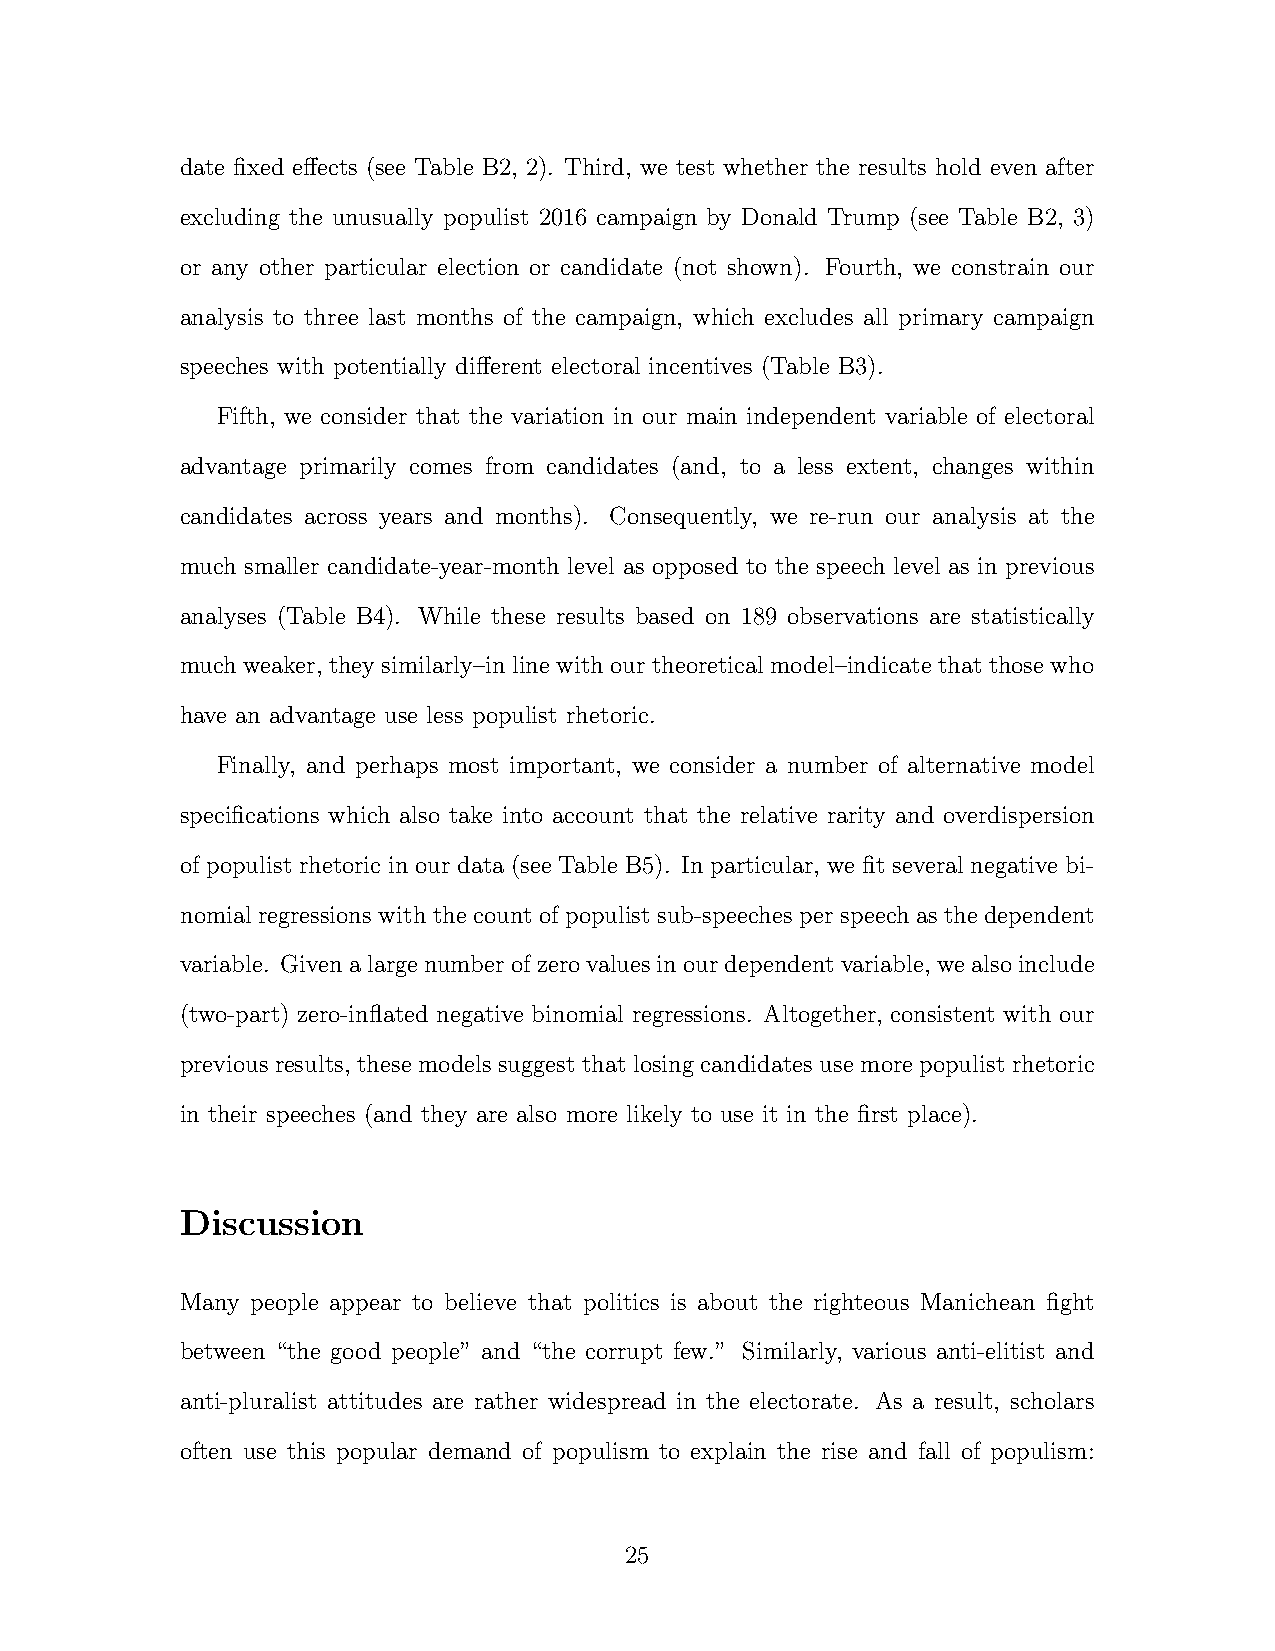
date fixed effects (see Table B2, 2). Third, we test whether the results hold even after
 excluding the unusually populist 2016 campaign by Donald Trump (see Table B2, 3)
 or any other particular election or candidate (not shown). Fourth, we constrain our
 analysis to three last months of the campaign, which excludes all primary campaign
 speeches with potentially different electoral incentives (Table B3).
 Fifth, we consider that the variation in our main independent variable of electoral
 advantage primarily comes from candidates (and, to a less extent, changes within
 candidates across years and months). Consequently, we re-run our analysis at the
 much smaller candidate-year-month level as opposed to the speech level as in previous
 analyses (Table B4). While these results based on 189 observations are statistically
 much weaker, they similarly–in line with our theoretical model–indicate that those who
 have an advantage use less populist rhetoric.
 Finally, and perhaps most important, we consider a number of alternative model
 specifications which also take into account that the relative rarity and overdispersion
 of populist rhetoric in our data (see Table B5). In particular, we fit several negative bi-
 nomial regressions with the count of populist sub-speeches per speech as the dependent
 variable. Givenalargenumberofzerovaluesinourdependentvariable, wealsoinclude
 (two-part) zero-inflated negative binomial regressions. Altogether, consistent with our
 previous results, these models suggest that losing candidates use more populist rhetoric
 in their speeches (and they are also more likely to use it in the first place).
 Discussion
 Many people appear to believe that politics is about the righteous Manichean fight
 between “the good people” and “the corrupt few.” Similarly, various anti-elitist and
 anti-pluralist attitudes are rather widespread in the electorate. As a result, scholars
 often use this popular demand of populism to explain the rise and fall of populism:
 25